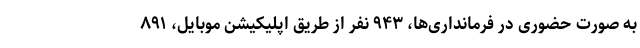
به صورت حضوری در فرمانداری‌ها، ۹۴۳ نفر از طریق اپلیکیشن موبایل، ۸۹۱